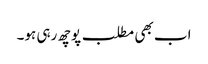
اب بھی مطلب پوچھ رہی ہو۔